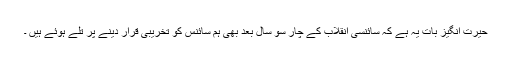
حیرت انگیز بات یہ ہے کہ سائنسی انقلاب کے چار سو سال بعد بھی ہم سائنس کو تخریبی قرار دینے پر تلے ہوئے ہیں ۔